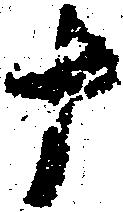
十